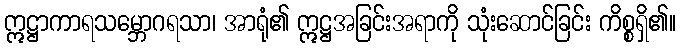
ဣဋ္ဌာကာရသမ္ဘောဂရသာ၊ အာရုံ၏ ဣဋ္ဌအခြင်းအရာကို သုံးဆောင်ခြင်း ကိစ္စရှိ၏။